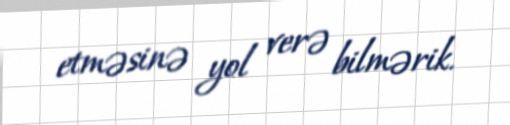
etməsinə yol verə bilmərik.